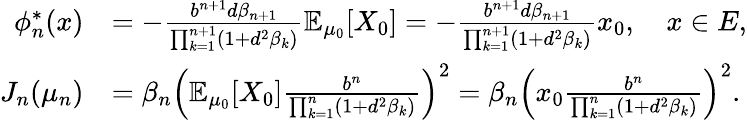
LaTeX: \begin{array}{rl}{\phi_{n}^{*}(x)}&{=-\frac{b^{n+1}d\beta_{n+1}}{\prod_{k=1}^{n+1}(1+d^{2}\beta_{k})}\mathbb{E}_{\mu_{0}}[X_{0}]=-\frac{b^{n+1}d\beta_{n+1}}{\prod_{k=1}^{n+1}(1+d^{2}\beta_{k})}x_{0},\quad x\in E,}\\ {J_{n}(\mu_{n})}&{=\beta_{n}\Big(\mathbb{E}_{\mu_{0}}[X_{0}]\frac{b^{n}}{\prod_{k=1}^{n}(1+d^{2}\beta_{k})}\Big)^{2}=\beta_{n}\Big(x_{0}\frac{b^{n}}{\prod_{k=1}^{n}(1+d^{2}\beta_{k})}\Big)^{2}.}\end{array}